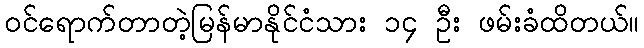
ဝင်ရောက်တာတဲ့မြန်မာနိုင်ငံသား ၁၄ ဦး ဖမ်းခံထိတယ်။